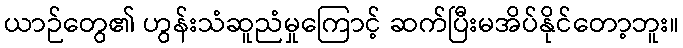
ယာဉ်တွေ၏ ဟွန်းသံဆူညံမှုကြောင့် ဆက်ပြီးမအိပ်နိုင်တော့ဘူး။